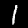
Digit: 1